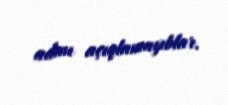
adını açıqlamayıblar.